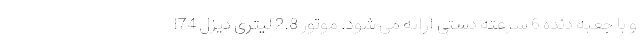
و با جعبه دنده 6 سرعته دستی ارائه می شود. موتور 2.8 لیتری دیزل 174